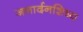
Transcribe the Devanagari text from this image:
जनार्दनशिष्य